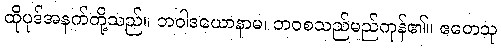
ထိုပုဒ်အနက်တို့သည်။ ဘဝါဒယောနာမ၊ ဘဝစသည်မည်ကုန်၏။ ဧတေသု